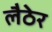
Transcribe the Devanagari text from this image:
लैठेर